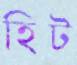
হিট